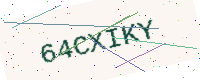
Text: 64CXIKY